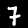
Digit: 7